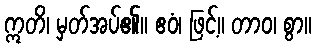
ဣတိ၊ မှတ်အပ်၏။ ဧဝံ၊ ဖြင့်။ တာဝ၊ စွာ။